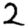
Digit: 2